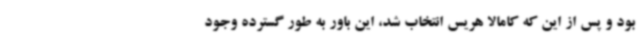
بود و پس از این که کامالا هریس انتخاب شد، این باور به طور گسترده وجود